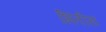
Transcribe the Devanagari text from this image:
भिंतीस